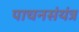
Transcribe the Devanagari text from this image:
पाचनसंयंत्र